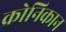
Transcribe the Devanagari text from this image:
क्रोनिकान